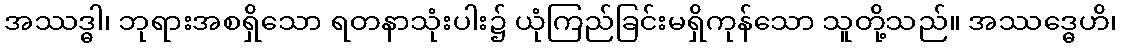
အဿဒ္ဓါ၊ ဘုရားအစရှိသော ရတနာသုံးပါး၌ ယုံကြည်ခြင်းမရှိကုန်သော သူတို့သည်။ အဿဒ္ဓေဟိ၊